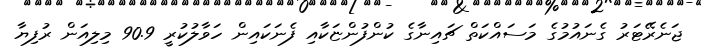
ޖަނެރޭޓަރު ގެނައުމުގެ މަސައްކަތް ޗައިނާގެ ކުންފުންޏަކާއި ފެނަކައިން ހަވާލުކުރީ 90.9 މިލިއަން ރުފިޔާ